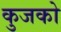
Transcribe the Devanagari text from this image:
कुजको